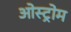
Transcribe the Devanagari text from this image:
ओस्ट्रोम